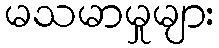
မသမာမှုများ